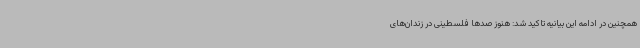
همچنین در ادامه این بیانیه تاکید شد: هنوز صدها فلسطینی در زندان‌های